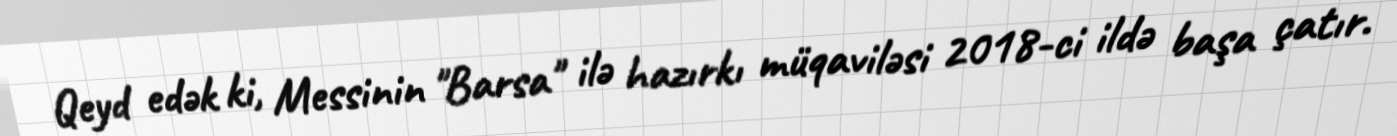
Qeyd edək ki, Messinin "Barsa" ilə hazırkı müqaviləsi 2018-ci ildə başa çatır.